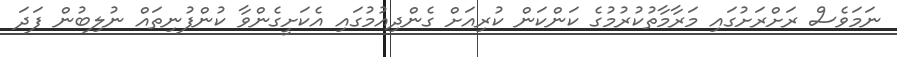
ނަމަވެސް ރަށްރަށުގައި މަރާމާތުކުރުމުގެ ކަންކަން ކުރިއަށް ގެންދިއުމުގައި އެކަށީގެންވާ ކުންފުނިތައް ނުލިބުން ފަދަ